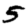
Digit: 5